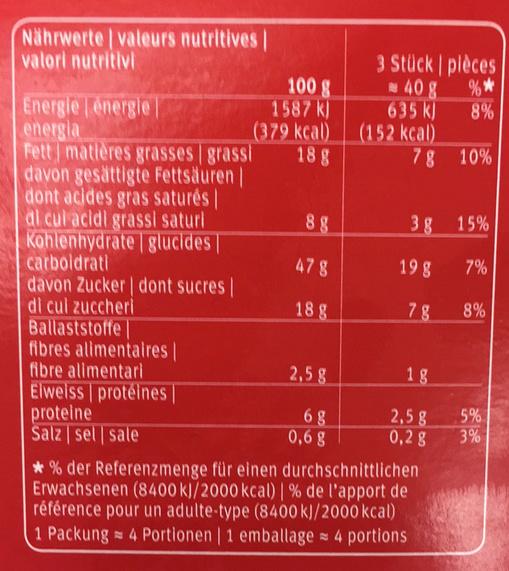
Nährwerte | valeurs nutritives | valori nutritivi
Energie énergie | energia
Fett matières grasses | grassi davon gesättigte Fettsäuren | dont acides gras saturés | di cul acidi grassi saturi Kohlenhydrate glucides |
carboidrati
davon Zucker | dont sucres |
di cui zuccheri
Ballaststoffe | fibres alimentaires | fibre alimentari Elweiss protéines |
proteine
Salz sel sale
100 g
1587 k
(379 kcal) 18 g
8g
47 8
18 g
2,5 g
6 g
0,6 g
3 Stück | pièces
40 g
%*
635 kJ
8%
(152 kcal)
7 g 10%
3 g 15%
19 g
78
7%
*% der Referenzmenge für einen durchschnittlichen Erwachsenen (8400 kJ/2000 kcal) | % de l'apport de référence pour un adulte-type (8400 kJ/2000 kcal) 1 Packung 4 Portionen | 1 emballage = 4 portions
8%
1g
2,5 g 5%
0,2 g
53
allar
3%